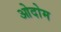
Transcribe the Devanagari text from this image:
ओदोम